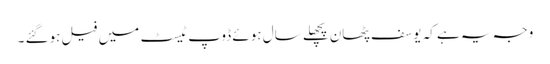
وجہ یہ ہے کہ یوسف پٹھان پچھلے سال ہوئے ڈوپ ٹیسٹ میں فیل ہوگئے ۔